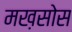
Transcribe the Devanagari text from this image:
मख़सोस